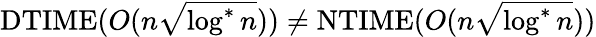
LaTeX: \mathrm{DTIME}(O(n{\sqrt{\log^{*}n}}))\neq\mathrm{NTIME}(O(n{\sqrt{\log^{*}n}}))